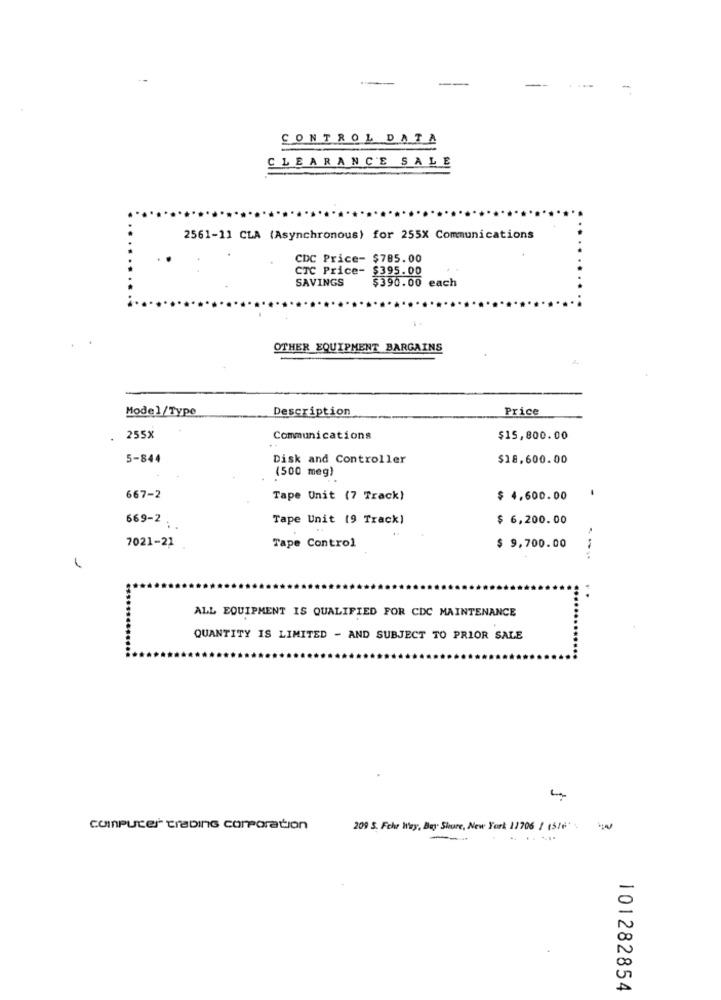
-
-
CONTROL DATA
CLEARANCE SALE
2561-11 CLA (Asynchronous) for 255X Communications
CDC Price- $785.00
CTC Price- $395.00
SAVINGS
$390.00 each
OTHER EQUIPMENT BARGAINS
Model/Type
Description
Price
255%
Communications
$15,800.00
5-844
Disk and Controller
$18,600.00
(500 meg)
667-2
Tape Unit (7 Track)
$ 4,600.00
1
Tape Unit (9 Track)
$ 6,200.00
669-2 ;.
Tape Control
7021-21
$ 9,700.00
ALL EQUIPMENT IS QUALIFIED FOR CDC MAINTENANCE
QUANTITY IS LIMITED - AND SUBJECT TO PRIOR SALE
computer traDING corporation
209 S. Fche Way, Bay Shore, New York 11706 1 (5/64
---
101282854